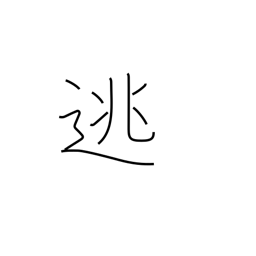
Meaning: set free